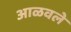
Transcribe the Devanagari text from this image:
आळवले